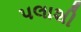
પલાશી